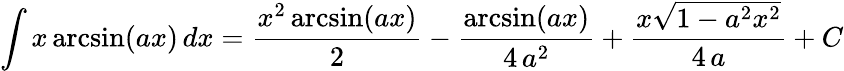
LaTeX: \int x\arcsin(ax)\, dx={\frac{x^{2}\arcsin(ax)}{2}}-{\frac{\arcsin(ax)}{4\, a^{2}}}+{\frac{x{\sqrt{1-a^{2}x^{2}}}}{4\, a}}+C